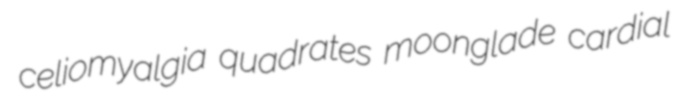
celiomyalgia quadrates moonglade cardial